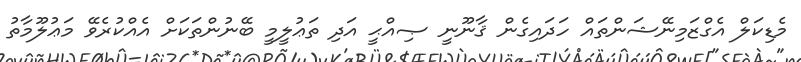
މެޑިކަލް އެގްޒަމިނޭޝަންތައް ހަދައިގެން ޤާނޫނީ ޞިއްޙީ އަދި ތަޢުލީމީ ބޭނުންތަކަށް އެއްކުރެވޭ މަޢުލޫމާތު